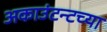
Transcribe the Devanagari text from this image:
अकाउंटन्टच्या